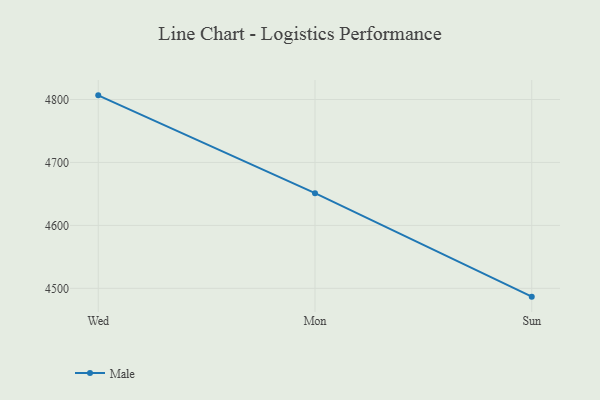
{"axis": {"x": "Day", "y": "Production Output"}, "legend": ["Male"], "data": [{"x": "Wed", "y": 4806.6, "type": "Male"}, {"x": "Mon", "y": 4651.2, "type": "Male"}, {"x": "Sun", "y": 4486.8, "type": "Male"}]}